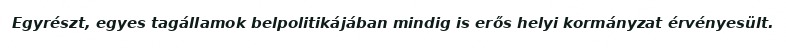
Egyrészt, egyes tagállamok belpolitikájában mindig is erős helyi kormányzat érvényesült.